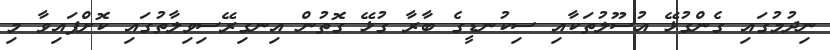
ނިދުމުގައި ގެންގުޅޭ އުސޫލުތަކާއި ސިކުނޑީގެ ބާރާ ގުޅޭ ގޮތުން އިނގިރޭސިވިލާތުގައި ކޮށްފައިވާ މި